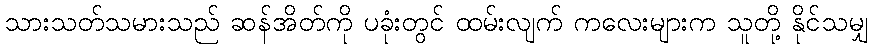
သားသတ်သမားသည် ဆန်အိတ်ကို ပခုံးတွင် ထမ်းလျက် ကလေးများက သူတို့ နိုင်သမျှ